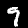
Label: 9